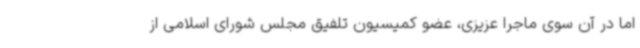
اما در آن سوی ماجرا عزیزی، عضو کمیسیون تلفیق مجلس شورای اسلامی از